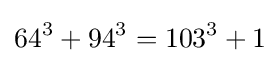
64^{3}+94^{3}=103^{3}+1